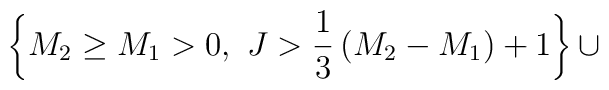
\left\{M_2\ge M_1>0,~J>{1\over 3}\left(M_2-M_1\right)+1\right\}\cup